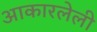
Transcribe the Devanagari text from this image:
आकारलेली